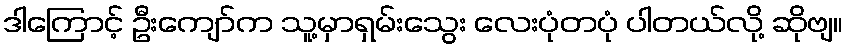
ဒါကြောင့် ဦးကျော်က သူ့မှာရှမ်းသွေး လေးပုံတပုံ ပါတယ်လို့ ဆိုဗျ။